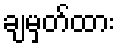
ချမှတ်ထား